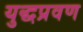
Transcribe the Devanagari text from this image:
युद्धप्रवण